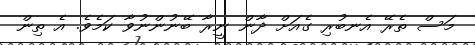
މަސް ތެރޭ އެނބުރި ގެއަށް ދާން ނީރާ ބޭނުންނުވާ ކަމެވެ. އެ ތިން